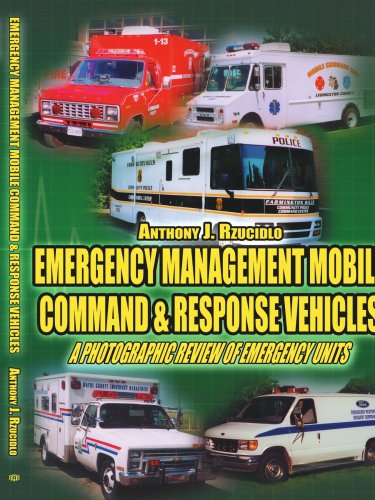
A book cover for Emergency Management Mobile Command & Response Vehicles: A photographic review of emergency units; Anthony Rzucidlo; Medical Books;